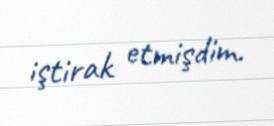
iştirak etmişdim.